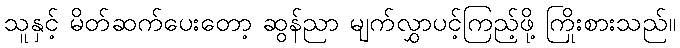
သူနှင့် မိတ်ဆက်ပေးတော့ ဆွန်ညာ မျက်လွှာပင့်ကြည့်ဖို့ ကြိုးစားသည်။